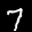
Label: 7